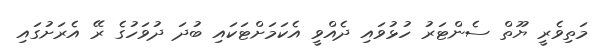
މަތިވެރީ ޔޫތް ސެންޓަރު ހުޅުވައި ދެއްވީ އެކަމަށްޓަކައި ބުދަ ދުވަހުގެ ރޭ އެރަށުގައި